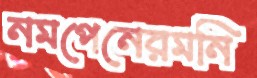
নমপেনেরমনি